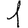
Digit: 1